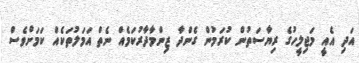
އަދި އެއީ މަޖިލީހުގެ ރިޔާސަތުން ކުރަމުން ގެންދާ ޒިންމާދާރުކަމެއް ނެތް އަމަލުތަކެއް ކަމަށްވެސް